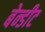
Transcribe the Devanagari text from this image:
बेन्डीट